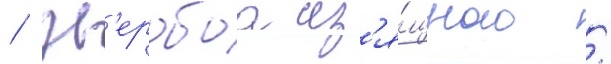
/ зв'еробоа из'я́щного /